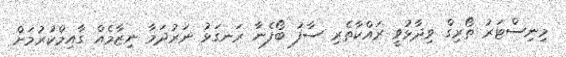
މިނިސްޓަރު ތޯރިގް ވިދާޅުވީ ރައްކާތެރި ސާފު ބޯފެނާ ރަނގަޅު ނަރުދަމާ ނިޒާމެއް ގާއިމްކުރުމަށް